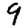
Digit: 9